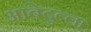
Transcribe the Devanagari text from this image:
आबेदुल्ला